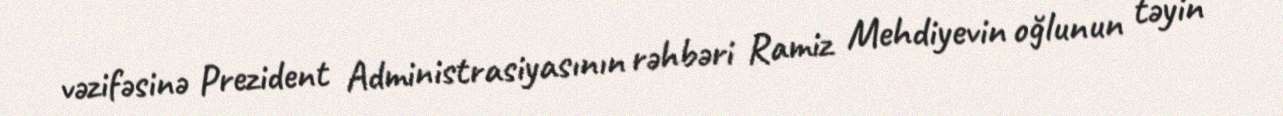
vəzifəsinə Prezident Administrasiyasının rəhbəri Ramiz Mehdiyevin oğlunun təyin